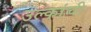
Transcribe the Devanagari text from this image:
उल्कांची